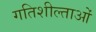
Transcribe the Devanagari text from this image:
गतिशील्ताओं